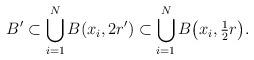
LaTeX: \begin{align*} B' \subset \bigcup_{i=1}^N B(x_i,2r') \subset \bigcup_{i=1}^N B\bigl(x_i,\tfrac{1}{2}r\bigr).\end{align*}